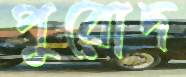
পুরোদ